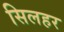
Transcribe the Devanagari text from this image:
सिलहर